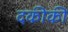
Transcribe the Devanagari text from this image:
दकीकी